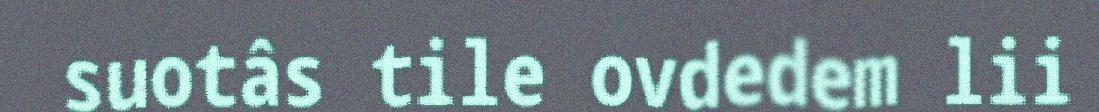
suotâs tile ovdedem lii